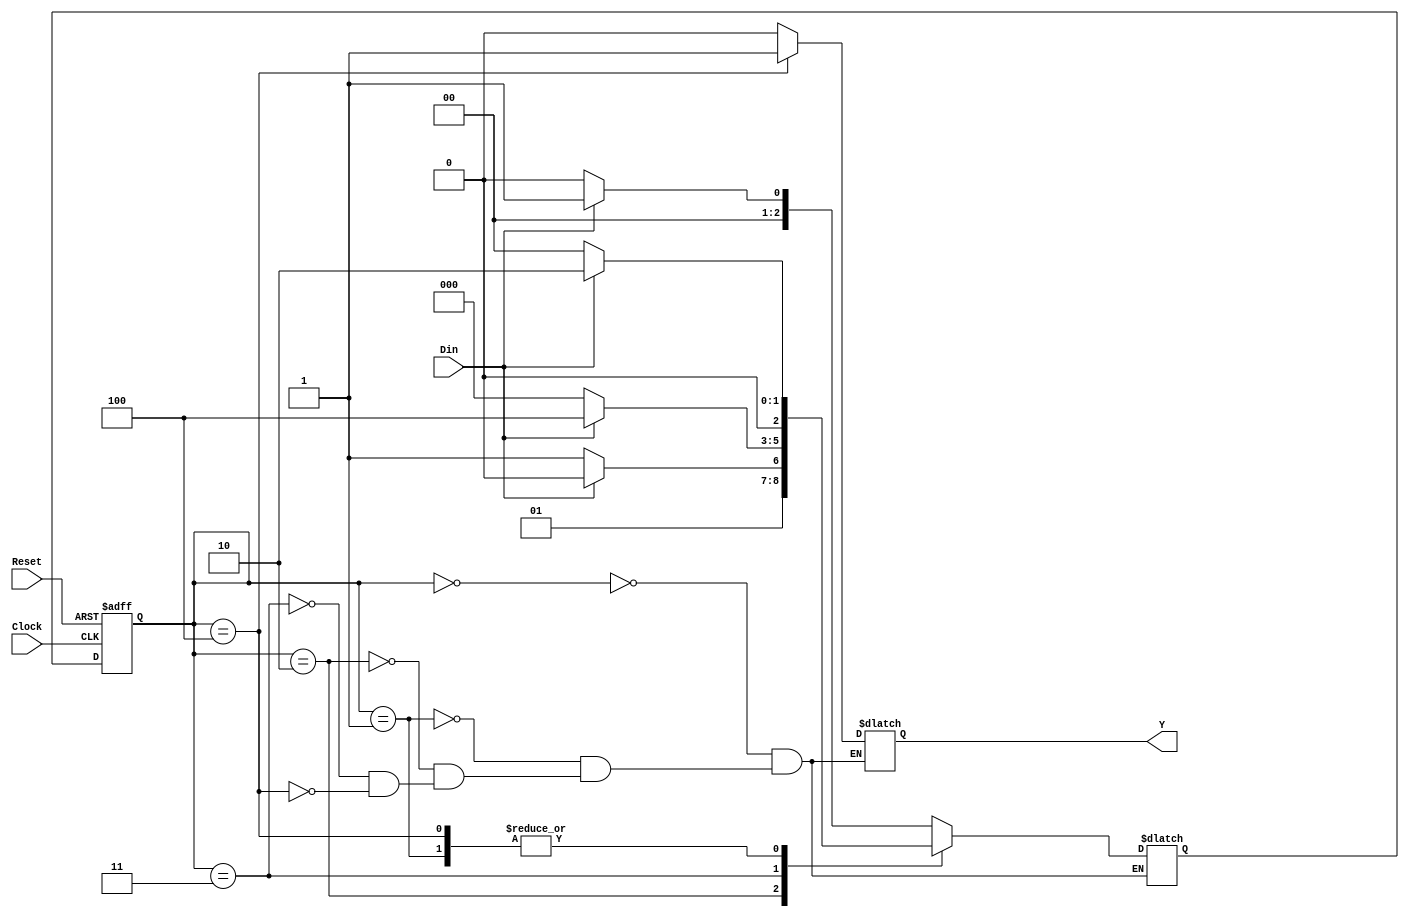
// Module Name:    FSM_Moore_Detector 

module FSM_Moore_Detector(Din, Clock, Reset, Y);
	input Din, Clock, Reset;
	output reg Y;
	reg [2:0] State, Next_State;
	localparam Sin = 3'b000, S1 = 3'b001, S11 = 3'b010, S110 = 3'b011, S1101 = 3'b100;
   always @(posedge Clock, posedge Reset)
	begin
		if(Reset)
			State <= Sin;
		else
			State <= Next_State;
	end
	
	always @(State, Din)
	begin
		case(State)
		Sin: begin
		if(Din)
			Next_State = S1;
		else
			Next_State = Sin;
		Y = 0;
		end
		
		S1: begin
		if(Din)
			Next_State = S11;
		else
			Next_State = Sin;
		Y = 0;
		end
		
		S11: begin
		if(!Din)
			Next_State = S110;
		else
			Next_State = S11;
		Y = 0;
		end
		 
		S110: begin
		if(Din)
			Next_State = S1101;
		else
			Next_State = Sin;
		Y = 0;
		end
		
		S1101: begin
		if(Din)
			Next_State = S11;
		else
			Next_State = Sin;
		Y = 1;
		end
	endcase
	end
endmodule